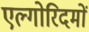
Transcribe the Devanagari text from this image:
एल्गोरिदमों